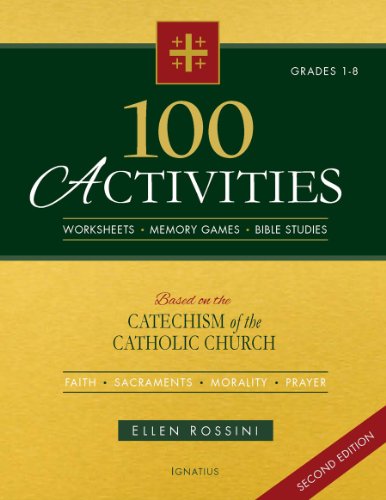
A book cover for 100 Activities Based on the Catechism of the Catholic Church Second Edition; Ellen Rossini; Christian Books & Bibles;